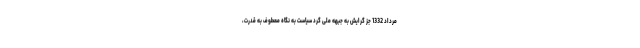
مرداد 1332 جز گرایش به جبهه ملی گردِ سیاست به نگاه معطوف به قدرت،